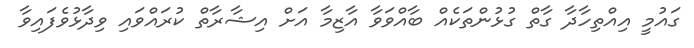
ގައުމީ އިއްތިހާދާ ގާތް ގުޅުންތަކެއް ބާއްވަވާ އާޒިމާ އަށް އިޝާރާތް ކުރައްވައި ވިދާޅުވެފައިވާ